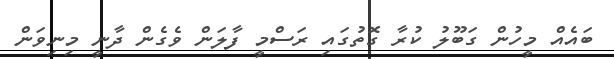
ބައެއް މީހުން ގަބޫލު ކުރާ ގޮތުގައި ރަސްމީ ފާލަން ވެގެން ދާނީ މިނިވަން